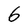
Character: 6